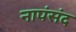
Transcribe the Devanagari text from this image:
नापंसंद